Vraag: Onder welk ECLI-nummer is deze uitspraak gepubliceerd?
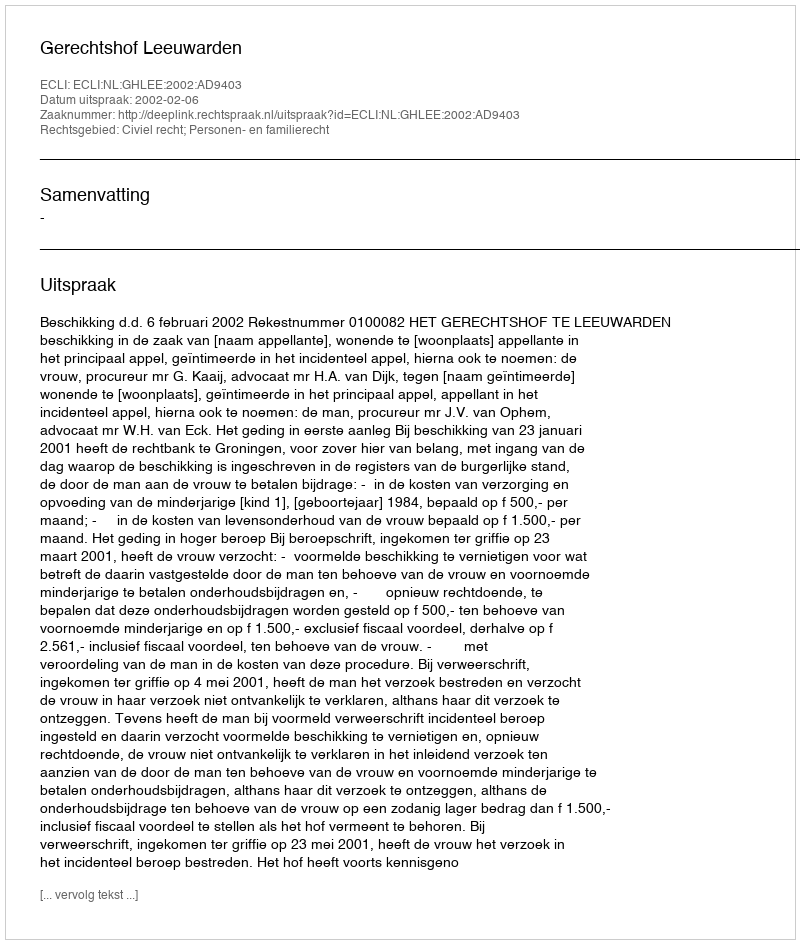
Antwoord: ECLI:NL:GHLEE:2002:AD9403